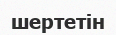
шертетін